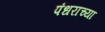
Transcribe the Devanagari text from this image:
पंधराच्या